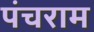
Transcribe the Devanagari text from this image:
पंचराम